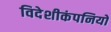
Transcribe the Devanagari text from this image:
विदेशीकंपनियों